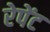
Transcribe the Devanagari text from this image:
रेपेंट